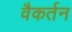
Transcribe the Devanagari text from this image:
वैकर्तन